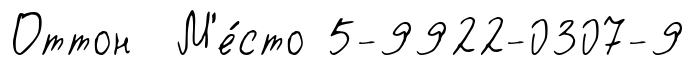
Оттон М'е́сто 5-9922-0307-9